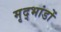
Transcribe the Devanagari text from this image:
मृद्भांडों